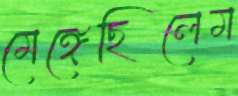
মেঙ্গেছিলেম